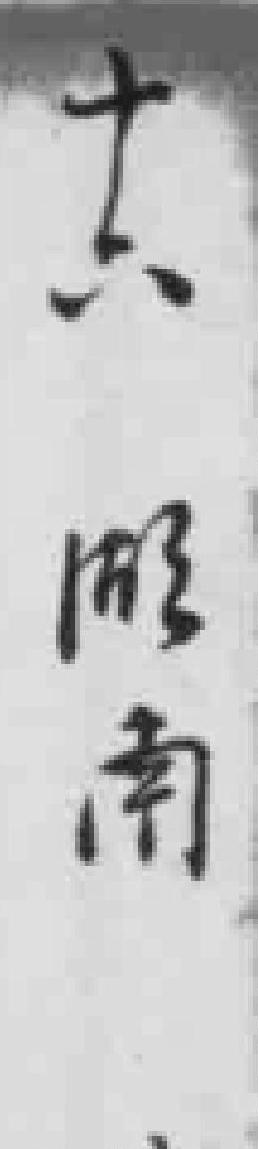
十六湖南